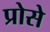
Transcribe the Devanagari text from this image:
प्रोसे